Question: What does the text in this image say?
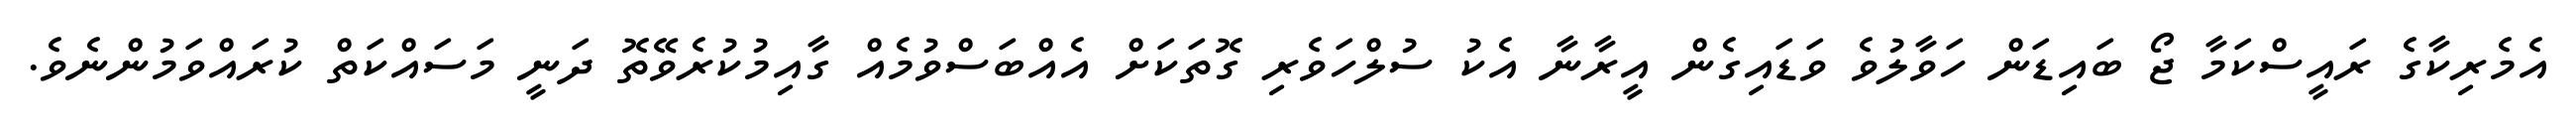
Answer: އެމެރިކާގެ ރައީސްކަމާ ޖޯ ބައިޑަން ހަވާލުވެ ވަޑައިގެން އީރާނާ އެކު ސުލްހަވެރި ގޮތަކަށް އެއްބަސްވުމެއް ގާއިމުކުރެވޭތޮ ދަނީ މަސައްކަތް ކުރައްވަމުންނެވެ.